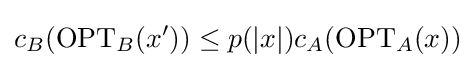
c_{B}({\text{OPT}}_{B}(x'))\leq p(|x|)c_{A}({\text{OPT}}_{A}(x))